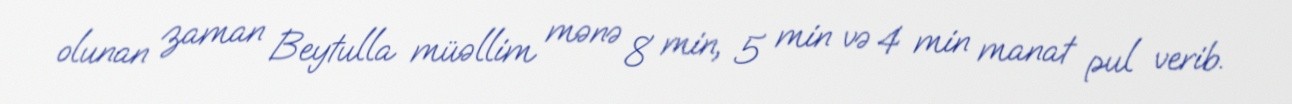
olunan zaman Beytulla müəllim mənə 8 min, 5 min və 4 min manat pul verib.